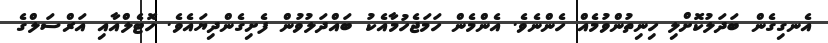
އެނގިގެން ބަދަލުކޮށްލި ހިނިތުންވުމެއް ހެންނެވެ. އެންމެން ހަމަޖެހުމާއެކު ބައްދަލުވުން ފެށިގެންދިޔައެވެ. ހޮޓެލްއާއި އަރްސަލްގެ